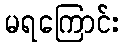
မရကြောင်း